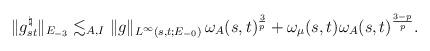
LaTeX: \begin{align*} \|g^{\natural}_{st}\|_{E_{-3}} \lesssim_{A,I} \|g\|_{L^\infty(s,t;E_{-0})}\,\omega_A(s,t)^{\frac{3}{p}}+\omega_\mu(s,t)\omega_A(s,t)^{\frac{3-p}{p}}. \end{align*}